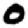
Digit: 0